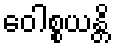
ဝေါစ္စယန္တိ